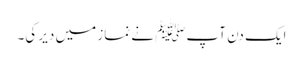
ایک دن آپﷺ نے نماز میں دیر کی۔